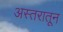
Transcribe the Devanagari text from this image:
अस्तरातून